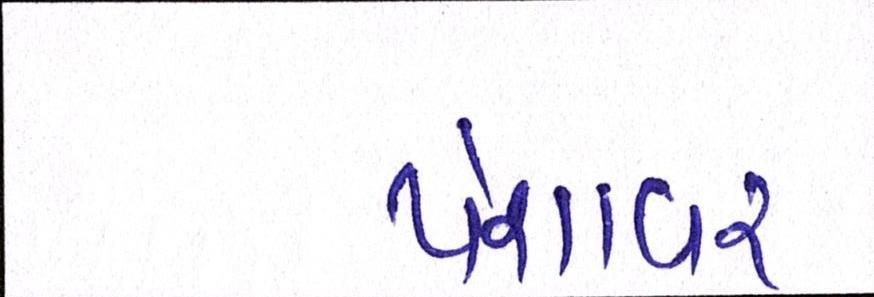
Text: પેશાવર